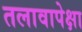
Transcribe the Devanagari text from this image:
तलावापेक्षा